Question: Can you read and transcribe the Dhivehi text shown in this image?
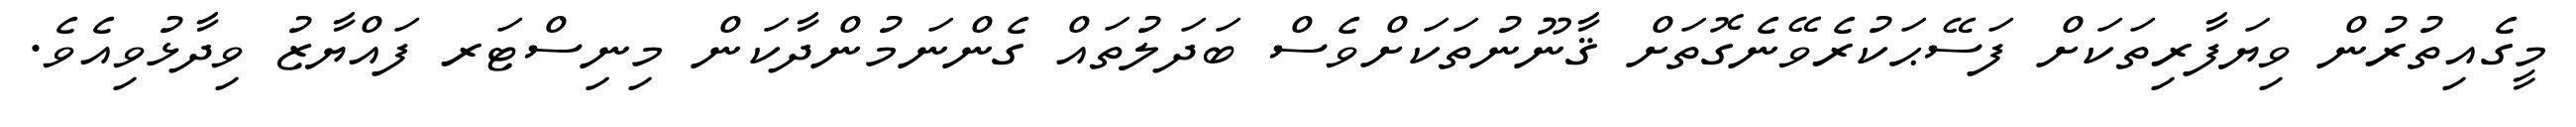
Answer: މީގެއިތުރުން ވިޔަފާރިތަކަށް ފަސޭޙަކުރެވޭނެގޮތަށް ޤާނޫނުތަކަށްވެސް ބަދަލުތައް ގެންނަމުންދާކަން މިނިސްޓަރ ފައްޔާޒު ވިދާޅުވިއެވެ.